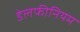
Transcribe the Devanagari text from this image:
डेलफीनियम